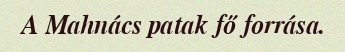
A Mahnács patak fő forrása.